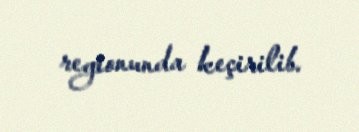
regionunda keçirilib.